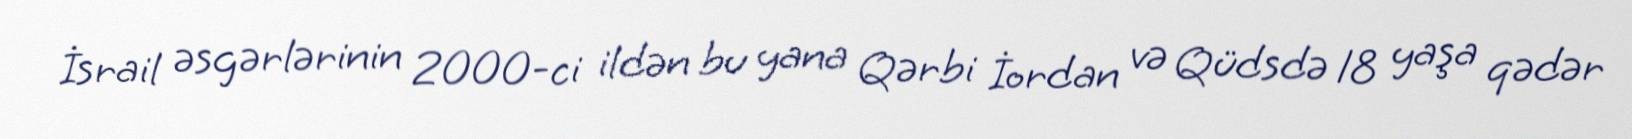
İsrail əsgərlərinin 2000-ci ildən bu yana Qərbi İordan və Qüdsdə 18 yaşa qədər